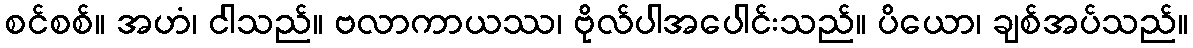
စင်စစ်။ အဟံ၊ ငါသည်။ ဗလာကာယဿ၊ ဗိုလ်ပါအပေါင်းသည်။ ပိယော၊ ချစ်အပ်သည်။